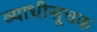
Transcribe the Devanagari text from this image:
व्याधीसूचक